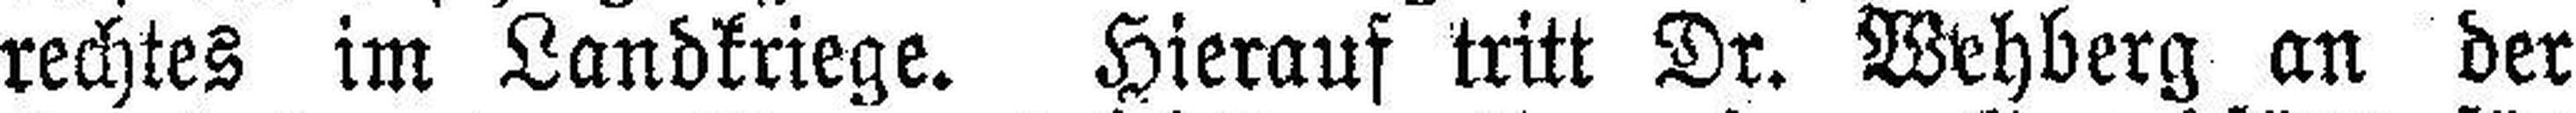
rechtes im Landkriege. Hierauf tritt Dr. Wehberg an der